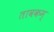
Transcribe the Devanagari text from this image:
तावकम्